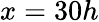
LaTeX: x=30h